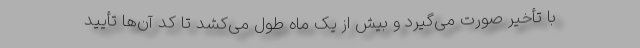
با تأخیر صورت می‌گیرد و بیش از یک ماه طول می‌کشد تا کد آن‌ها تأیید